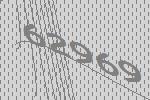
62969